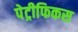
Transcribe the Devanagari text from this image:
पेट्रीफिकस